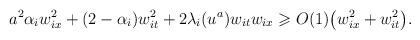
LaTeX: \begin{align*}a^2 \alpha_i w_{ix}^2+ (2 - \alpha_i) w_{it}^2+ 2 \lambda_i(u^a) w_{it} w_{ix}\geqslant O(1) \big(w_{ix}^2 +w_{it}^2\big) .\end{align*}